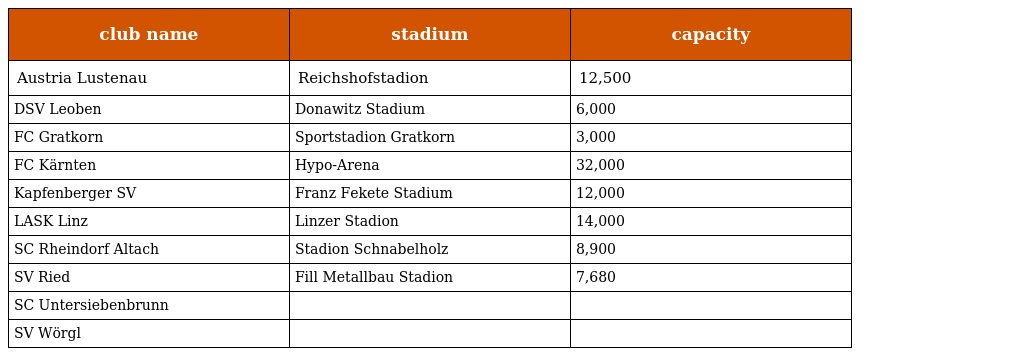
| club name | stadium | capacity |
 | --- | --- | --- |
 | Austria Lustenau | Reichshofstadion | 12,500 |
 | DSV Leoben | Donawitz Stadium | 6,000 |
 | FC Gratkorn | Sportstadion Gratkorn | 3,000 |
 | FC Kärnten | Hypo-Arena | 32,000 |
 | Kapfenberger SV | Franz Fekete Stadium | 12,000 |
 | LASK Linz | Linzer Stadion | 14,000 |
 | SC Rheindorf Altach | Stadion Schnabelholz | 8,900 |
 | SV Ried | Fill Metallbau Stadion | 7,680 |
 | SC Untersiebenbrunn |  |  |
 | SV Wörgl |  |  |